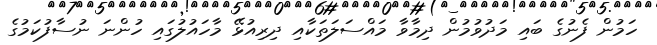
ހަމުން ފެނުގެ ބައި މަދުވުމުން ދިމާވާ މައްސަލަތަކާއި ދިރިއުޅޭ މާހައުލުގައި ހުންނަ ނުސާފުކަމުގެ